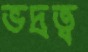
ভদ্রত্ব